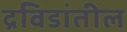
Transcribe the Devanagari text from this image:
द्रविडांतील